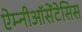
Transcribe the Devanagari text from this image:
ऐम्नीऑसेंटेसिस